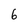
Character: 6